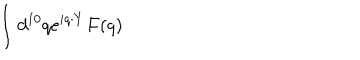
LaTeX: \int d ^ { 1 0 } q e ^ { i q \cdot Y } F ( q )